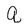
Character: q